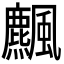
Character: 𩙒